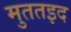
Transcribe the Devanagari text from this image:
मुततइद